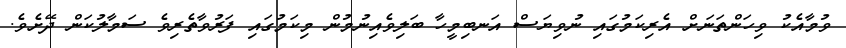
ވުމާއެކު ވިހަންތަނަށް އެރިކަމުގައި ނުވިޔަސް އަނބިމީހާ ބަލިވެއިނުމުން މިކަމުގައި ފަރުވާތެރިވެ ސަމާލުކަން ދޭށެވެ.